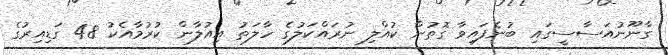
ގާނޫނުއަސާސީގައި ބުނެފައިވާ ގޮތުން ކުއްލި ނުރައްކަލުގެ ހާލަތު އިއުލާން ކުރުމާއެކު 48 ގަޑިއިރުގެ